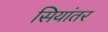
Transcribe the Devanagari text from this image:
सियांतर